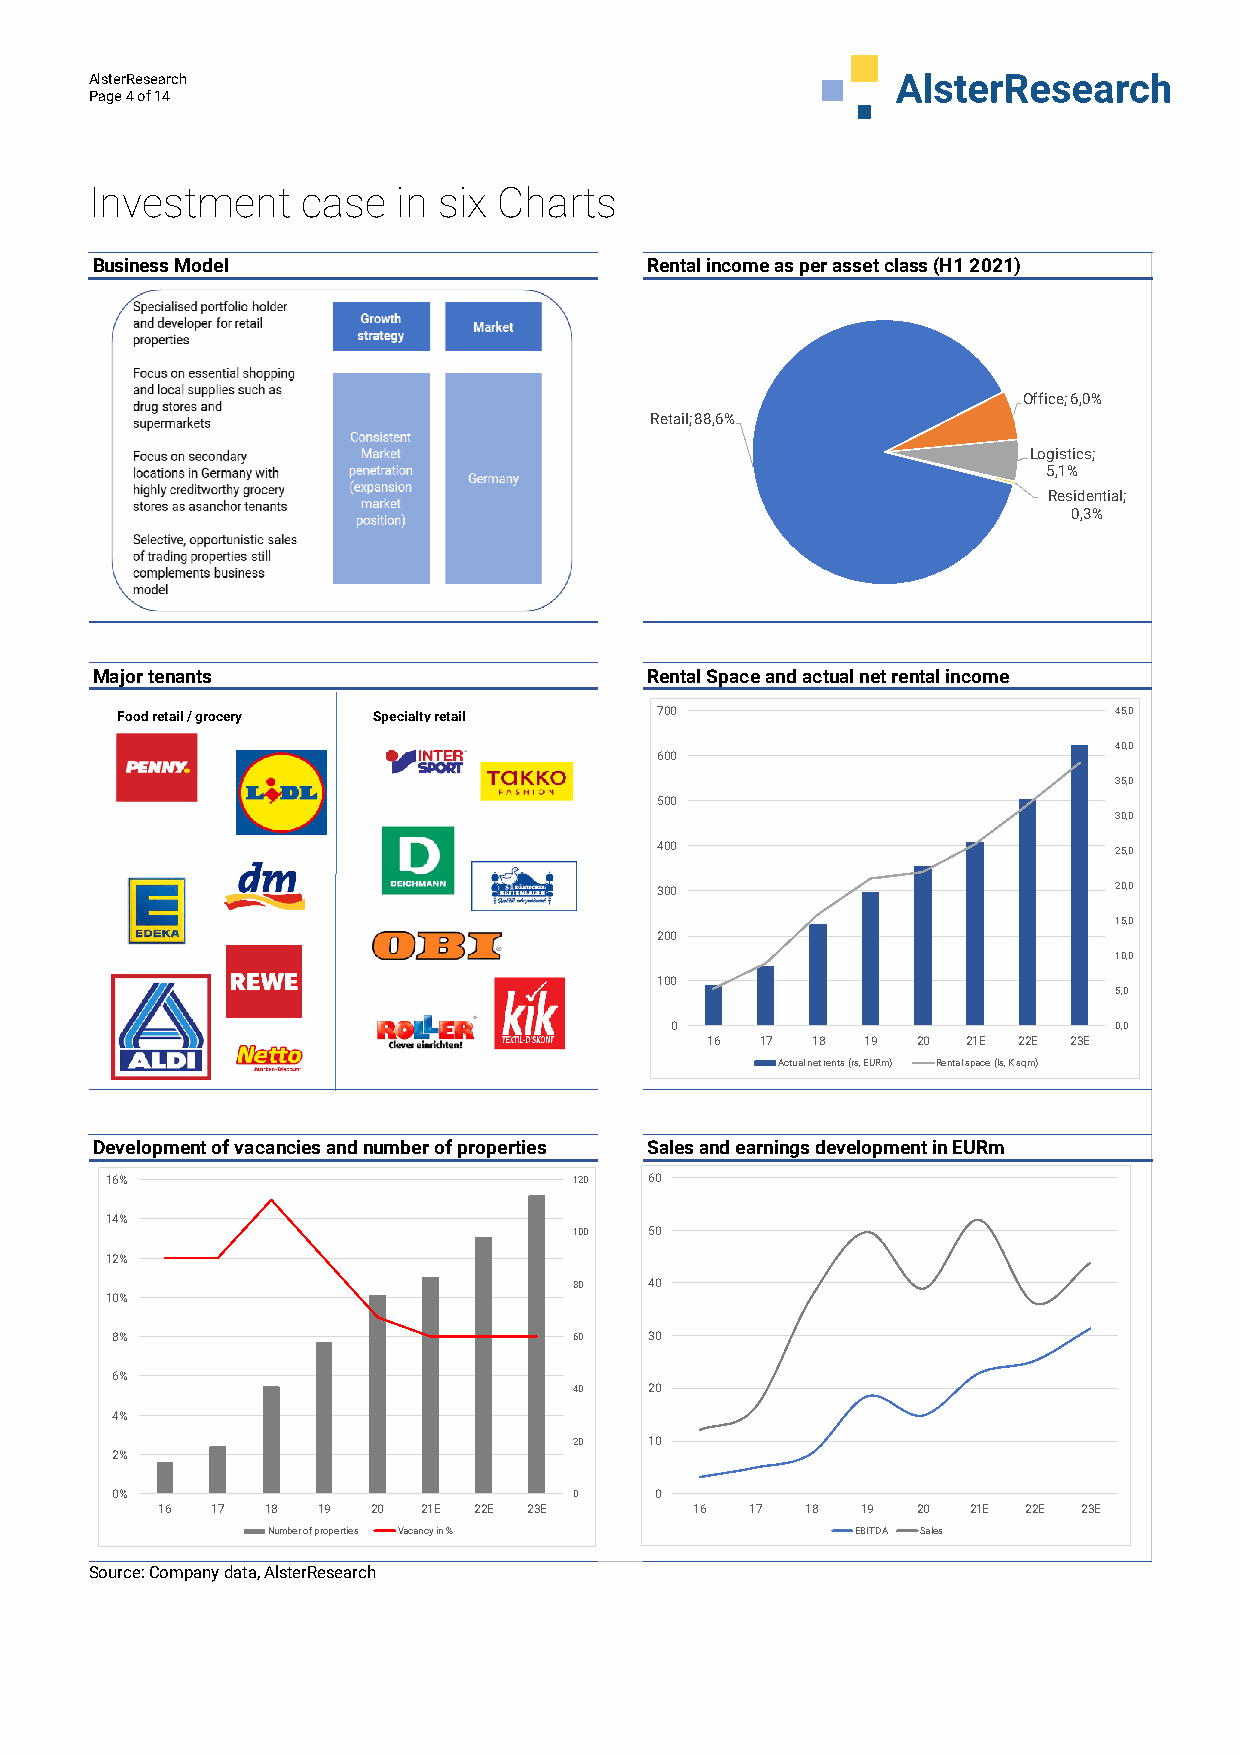
AlsterResearch
 Page 4 of 14
 Investment    case  in six Charts
 Source: Company data, AlsterResearch
 B u s in e s s M o d e l
 M a jo r t e n a n t s
 F o o d re ta il / g ro c e ry
 D e v e lo p m e n t o f v
 1 6 %
 1 4 %
 1 2 %
 1 0 %
 8 %
 6 %
 4 %
 2 %
 0 %
 1 6 1 7
 a c a n
 1 8
 N um
 c ie s a n d n
 1 9
 ber of properties
 S p e
 u m
 2 0
 c ia lty re ta il
 b e r o f p r o p
 2 1 E 2 2 E
 V acancy in %
 e r t ie
 2
 s
 3 E
 120
 100
 80
 60
 40
 20
 0
 R e n t a l in c o m e a s p e r a s s e t c la
 R e ta il; 8 8 ,6 %
 R e n t a l S p a c e a n d a c t u a l n e t r e
 7 0 0
 6 0 0
 5 0 0
 4 0 0
 3 0 0
 2 0 0
 1 0 0
 0
 1 6 1 7 1 8 1 9
 A ctual net rents (rs, EUR m )
 S a le s a n d e a r n in g s d e v e lo p m e
 6 0
 5 0
 4 0
 3 0
 2 0
 1 0
 0
 1 6 1 7 1 8 1 9
 EBITD A
 s
 n
 n
 s ( H 1 2 0 2 1 )
 O ffic
 L o g5
 R
 t a l in c o m e
 2 0 2 1 E 2 2 E
 Rental space (ls, K sqm )
 t in E U R m
 2 0 2 1 E 2 2 E
 Sales
 e ; 6 ,0 %
 is tic s ;
 ,1 %
 e s id e n0
 ,3 %
 2 3 E
 2 3 E
 tia l;
 45,0
 40,0
 35,0
 30,0
 25,0
 20,0
 15,0
 10,0
 5,0
 0,0